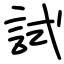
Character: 試